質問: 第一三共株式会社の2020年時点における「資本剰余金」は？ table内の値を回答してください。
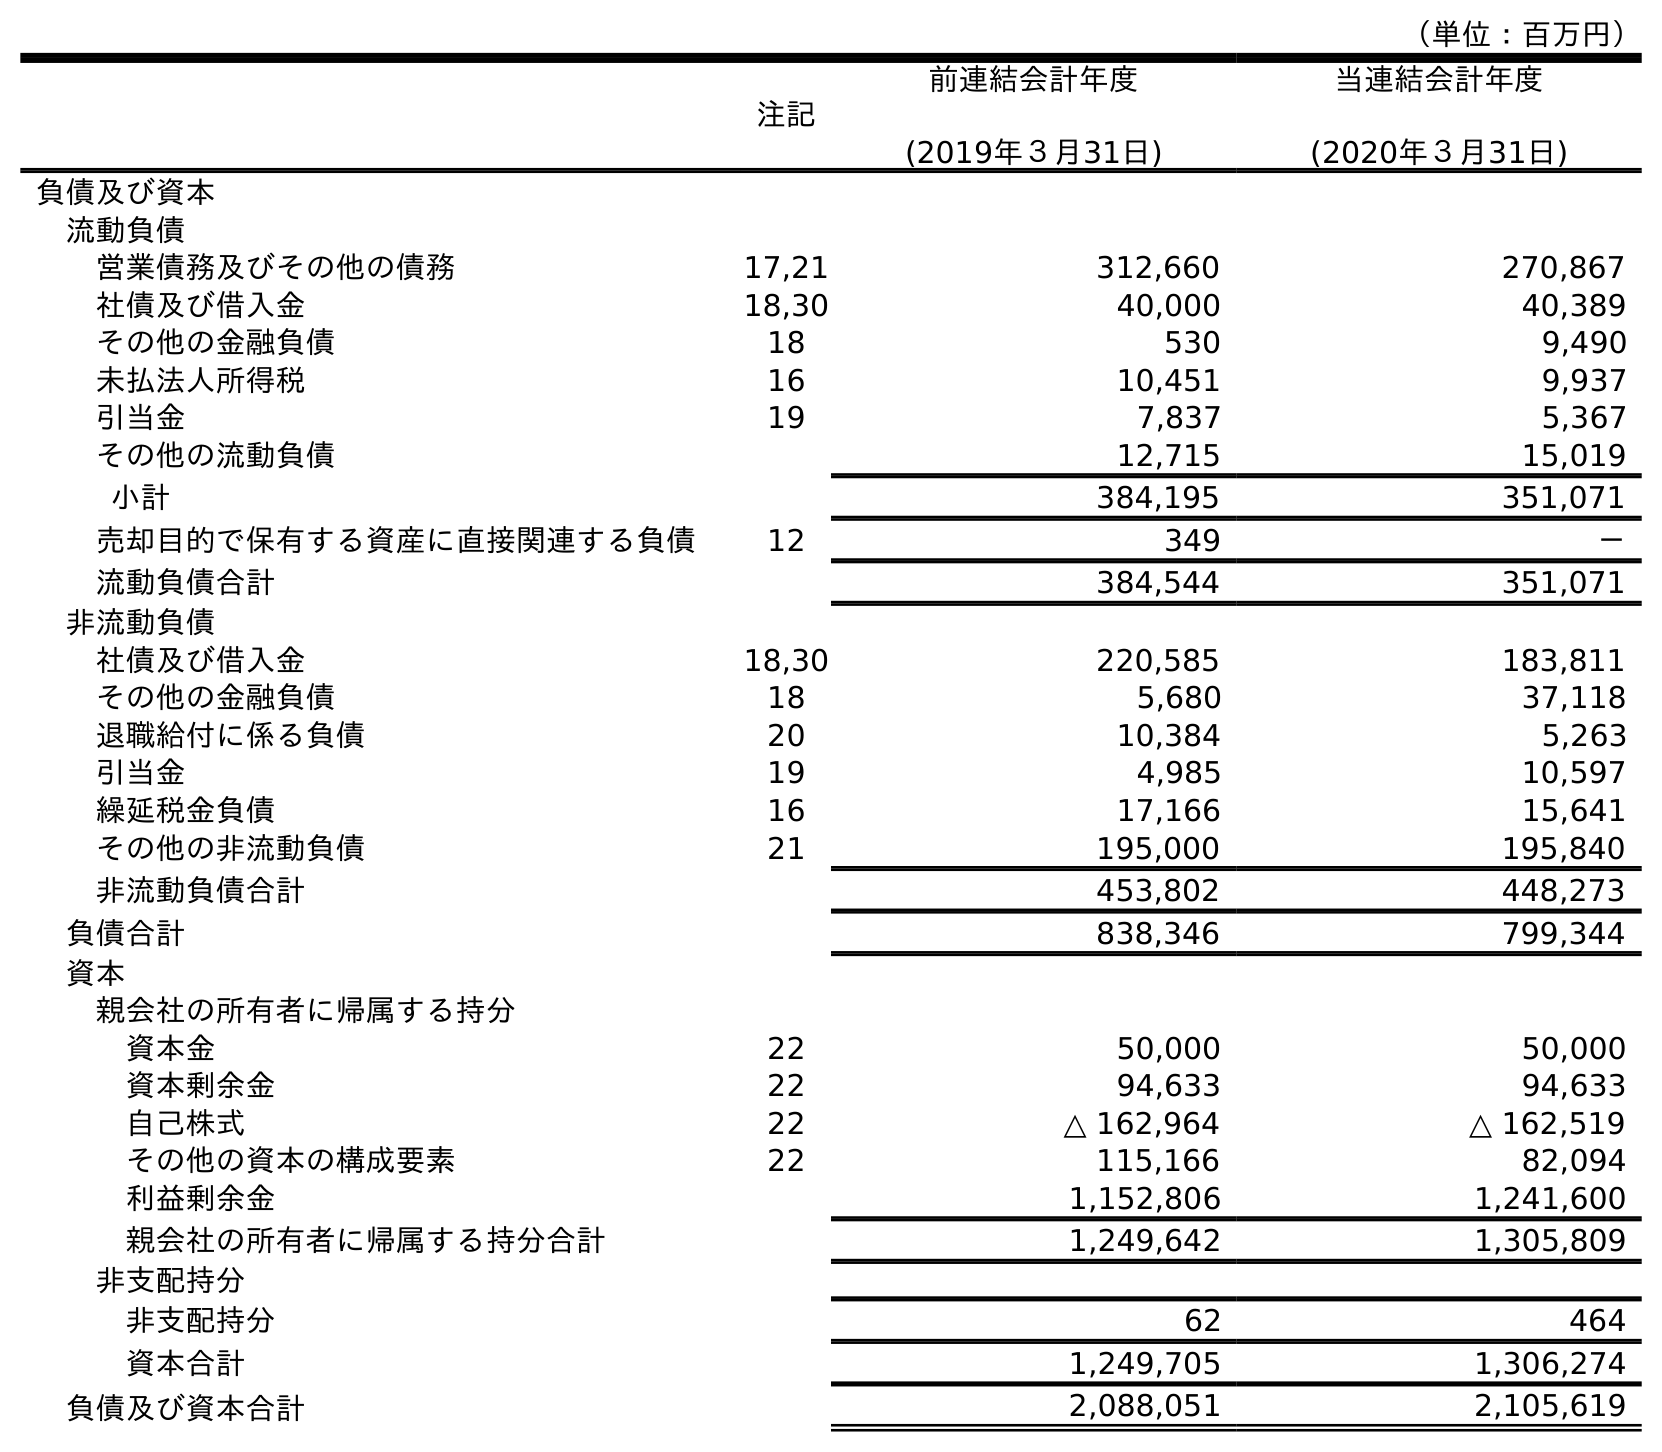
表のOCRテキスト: （単位：百万円） 注記 前連結会計年度 (2019年３月31日) 当連結会計年度 (2020年３月31日) 負債及び資本 流動負債 営業債務及びその他の債務 17,21 312,660 270,867 社債及び借入金 18,30 40,000 40,389 その他の金融負債 18 530 9,490 未払法人所得税 16 10,451 9,937 引当金 19 7,837 5,367 その他の流動負債 12,715 15,019 小計 384,195 351,071 売却目的で保有する資産に直接関連する負債 12 349 － 流動負債合計 384,544 351,071 非流動負債 社債及び借入金 18,30 220,585 183,811 その他の金融負債 18 5,680 37,118 退職給付に係る負債 20 10,384 5,263 引当金 19 4,985 10,597 繰延税金負債 16 17,166 15,641 その他の非流動負債 21 195,000 195,840 非流動負債合計 453,802 448,273 負債合計 838,346 799,344 資本 親会社の所有者に帰属する持分 資本金 22 50,000 50,000 資本剰余金 22 94,633 94,633 自己株式 22 △ 162,964 △ 162,519 その他の資本の構成要素 22 115,166 82,094 利益剰余金 1,152,806 1,241,600 親会社の所有者に帰属する持分合計 1,249,642 1,305,809 非支配持分 非支配持分 62 464 資本合計 1,249,705 1,306,274 負債及び資本合計 2,088,051 2,105,619
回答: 94,633